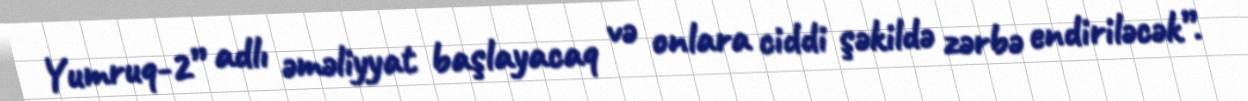
Yumruq-2” adlı əməliyyat başlayacaq və onlara ciddi şəkildə zərbə endiriləcək”.